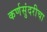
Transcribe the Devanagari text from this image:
कर्णसुंदरीचा